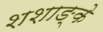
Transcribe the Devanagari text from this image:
शशाङ्के